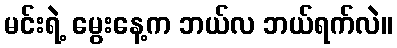
မင်းရဲ့ မွေးနေ့က ဘယ်လ ဘယ်ရက်လဲ။